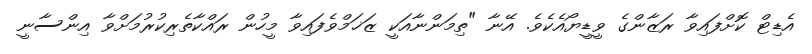
އެޑިޓް ކޮށްފައިވާ ރަޒާންގެ ވީޑީޔޯއެކެވެ. އޭނާ "ތިމަންނާއަކީ ޒަޚަމްވެފައިވާ މީހުން ރައްކާތެރިކުރުމަށްވާ އިންސާނީ